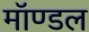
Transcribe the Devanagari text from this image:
मॉण्डल